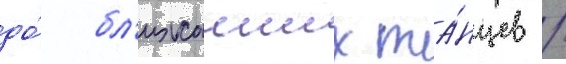
до́ бл'ижаиших та́нцев /